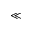
\ll